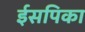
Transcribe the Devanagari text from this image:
ईसपिका